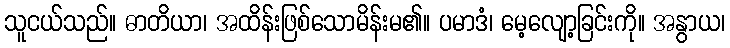
သူငယ်သည်။ ဓာတိယာ၊ အထိန်းဖြစ်သောမိန်းမ၏။ ပမာဒံ၊ မေ့လျော့ခြင်းကို။ အနွာယ၊